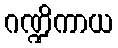
ဂဏ္ဍိကာယ